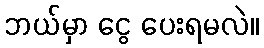
ဘယ်မှာ ငွေ ပေးရမလဲ။